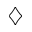
\diamondsuit